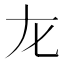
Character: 𡯃